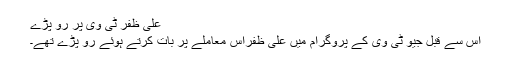
علی ظفر ٹی وی پر رو پڑے
اس سے قبل جیو ٹی وی کے پروگرام میں علی ظفراس معاملے پر بات کرتے ہوئے رو پڑے تھے۔